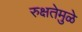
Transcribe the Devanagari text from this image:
रुक्षतेमुळे